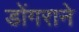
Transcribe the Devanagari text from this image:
डोंगराने